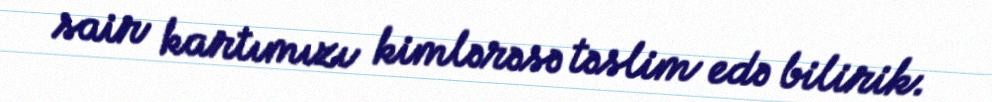
sair kartımızı kimlərəsə təslim edə bilirik.